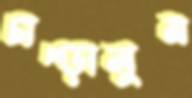
চাপ্‌ড়ালুম